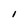
Character: l